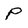
Character: P